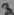
Text: 3